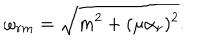
LaTeX: \omega _ { r m } = \sqrt { m ^ { 2 } + ( \mu \alpha _ { r } ) ^ { 2 } } .